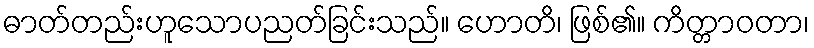
ဓာတ်တည်းဟူသောပညတ်ခြင်းသည်။ ဟောတိ၊ ဖြစ်၏။ ကိတ္တာဝတာ၊